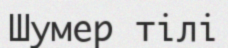
Шумер тілі